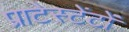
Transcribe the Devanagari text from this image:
प्राटेस्टेंटों